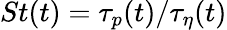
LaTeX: St(t)=\tau_{p}(t)/\tau_{\eta}(t)